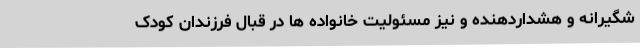
شگیرانه و هشداردهنده و نیز مسئولیت خانواده ها در قبال فرزندان کودک